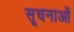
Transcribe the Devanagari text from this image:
सूचनाओें